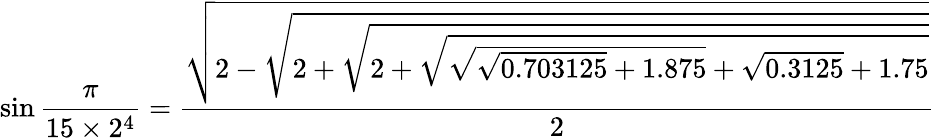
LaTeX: \sin{\frac{\pi}{15\times 2^{4}}}={\frac{\sqrt{2-{\sqrt{2+{\sqrt{2+{\sqrt{{\sqrt{{\sqrt{0.703125}}+1.875}}+{\sqrt{0.3125}}+1.75}}}}}}}}{2}}